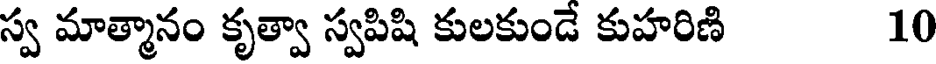
స్వ మాత్మానం కృత్వా స్వపిషి కులకుండే కుహరిణి 10